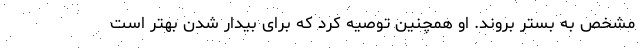
مشخص به بستر بروند. او همچنین توصیه کرد که برای بیدار شدن بهتر است